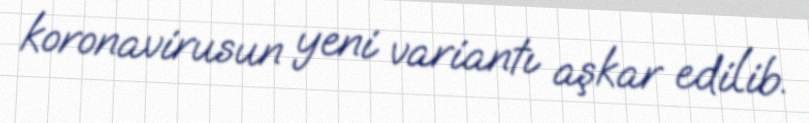
koronavirusun yeni variantı aşkar edilib.